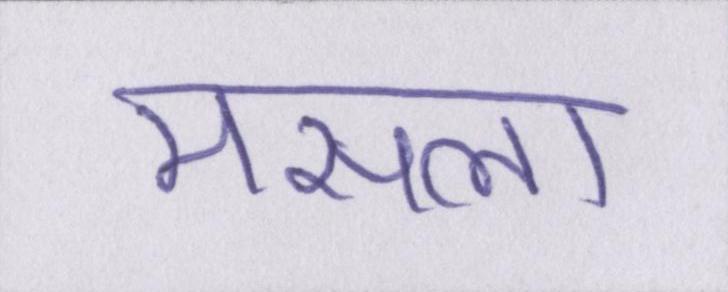
मसला